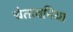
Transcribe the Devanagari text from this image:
चेतावनिया